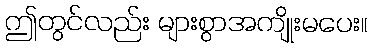
ဤတွင်လည်း များစွာအကျိုးမပေး။